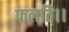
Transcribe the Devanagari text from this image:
फलति।।